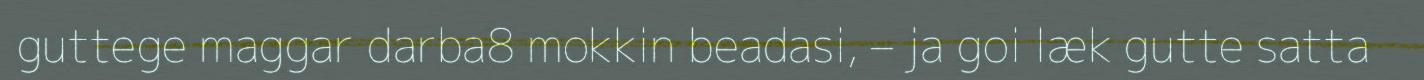
guttege maggar darba8 mokkin beadasi, – ja goi læk gutte satta